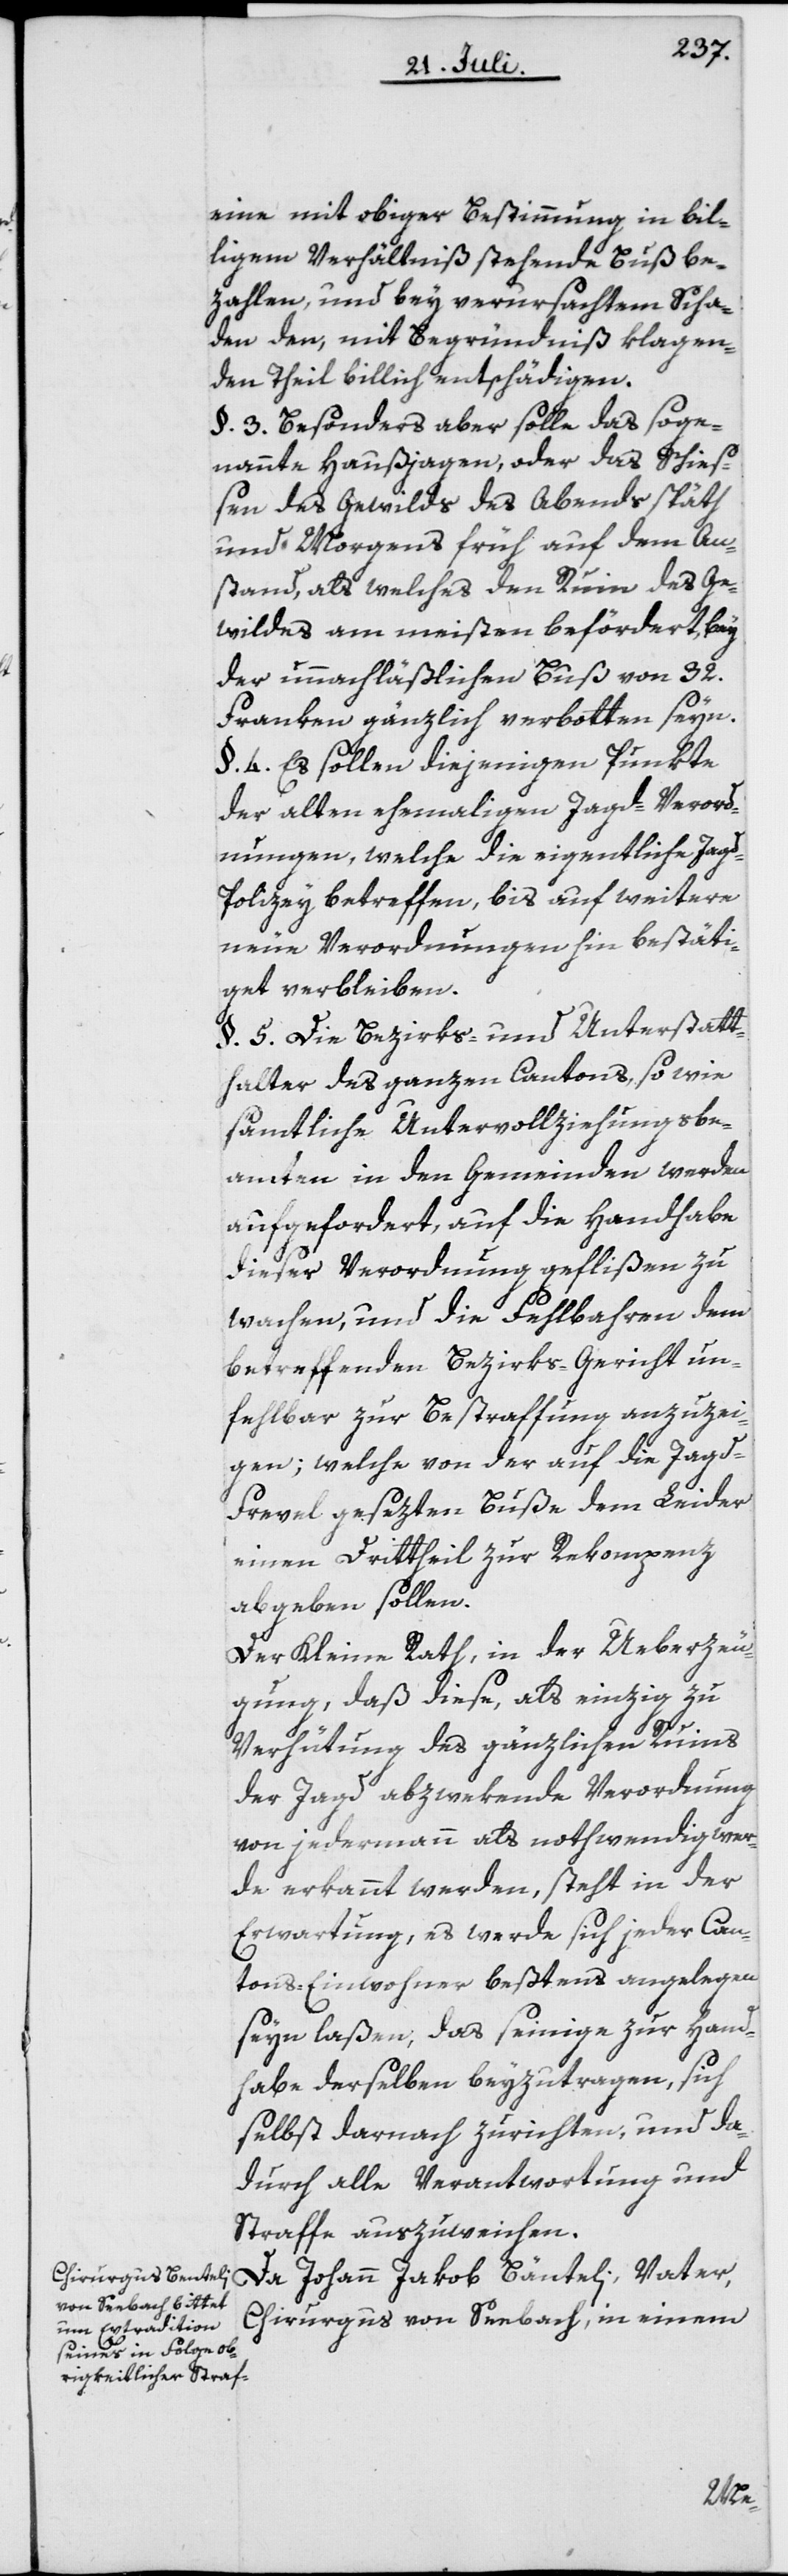
eine mit obiger Bestimmung in bil¬
ligem Verhältniß stehende Buß be¬
zahlen, und bey verursachtem Scha¬
den den, mit Begründniß klagen¬
den Theil billich entschädigen.
§. 3. Besonders aber solle das soge¬
nannte Haußjagen, oder das Schieß¬
en des Gewilds des Abends späth
und Morgens früh auf dem An¬
stand, als welches den Ruin des Ge¬
wildes am meisten befördert, bey
der unnachläßlichen Buß von 32.
Franken gänzlich verbotten seyn.
§. 4. Es sollen diejenigen Punkte
der alten ehemaligen Jagd-Verord¬
nungen, welche die eigentliche Jag¬
d-Polizey betreffen, bis auf weitere
neue Verordnungen hin bestäti¬
get verbleiben.
§. 5. Die Bezirks- und Unterstatt¬
halter des ganzen Cantons, so wie
sämtliche Untervollziehungsbe¬
amten in den Gemeinden werden
aufgefordert, auf die Handhabe
dieser Verordnung geflißen zu
wachen, und die Fehlbaren dem
betreffenden Bezirks-Gericht un¬
fehlbar zur Bestraffung anzuzei¬
gen; welche von der auf die Jagd-F¬
revel gesezten Buße dem Leider
einen Drittheil zur Rekompenz
abgeben sollen.
Der Kleine Rath, in der Ueberzeu¬
gung, daß diese, als einzig zu
Verhütung des gänzlichen Ruins
der Jagd abzwekende Verordnung
von jedermann als nothwendig wer¬
de erkannt werden, steht in der
Erwartung, es werde sich jeder Can¬
tons-Einwohner beßtens angelegen
seyn laßen, das seinige zur Hand¬
habe derselben beyzutragen, sich
selbst darnach zu richten, und da¬
durch alle Verantwortung und
Straffe auszuweichen.
Da Johann Jakob Bänteli
Chirurgus von Seebach, in einem